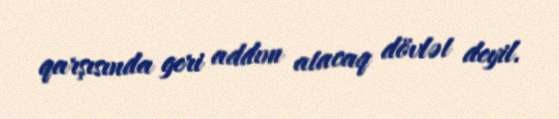
qarşısında geri addım atacaq dövlət deyil.